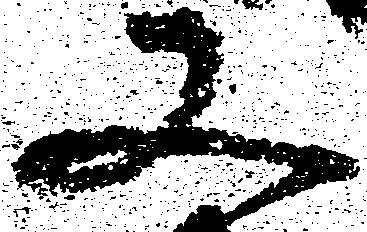
又